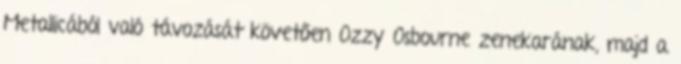
Metallicából való távozását követően Ozzy Osbourne zenekarának, majd a